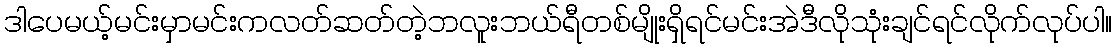
ဒါပေမယ့်မင်းမှာမင်းကလတ်ဆတ်တဲ့ဘလူးဘယ်ရီတစ်မျိုးရှိရင်မင်းအဲဒီလိုသုံးချင်ရင်လိုက်လုပ်ပါ။